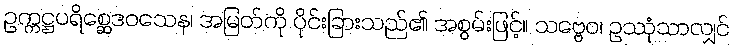
ဥက္ကဋ္ဌပရိစ္ဆေဒဝသေန၊ အမြတ်ကို ပိုင်းခြားသည်၏ အစွမ်းဖြင့်။ သဗ္ဗေဝ၊ ဥဿုံသာလျှင်